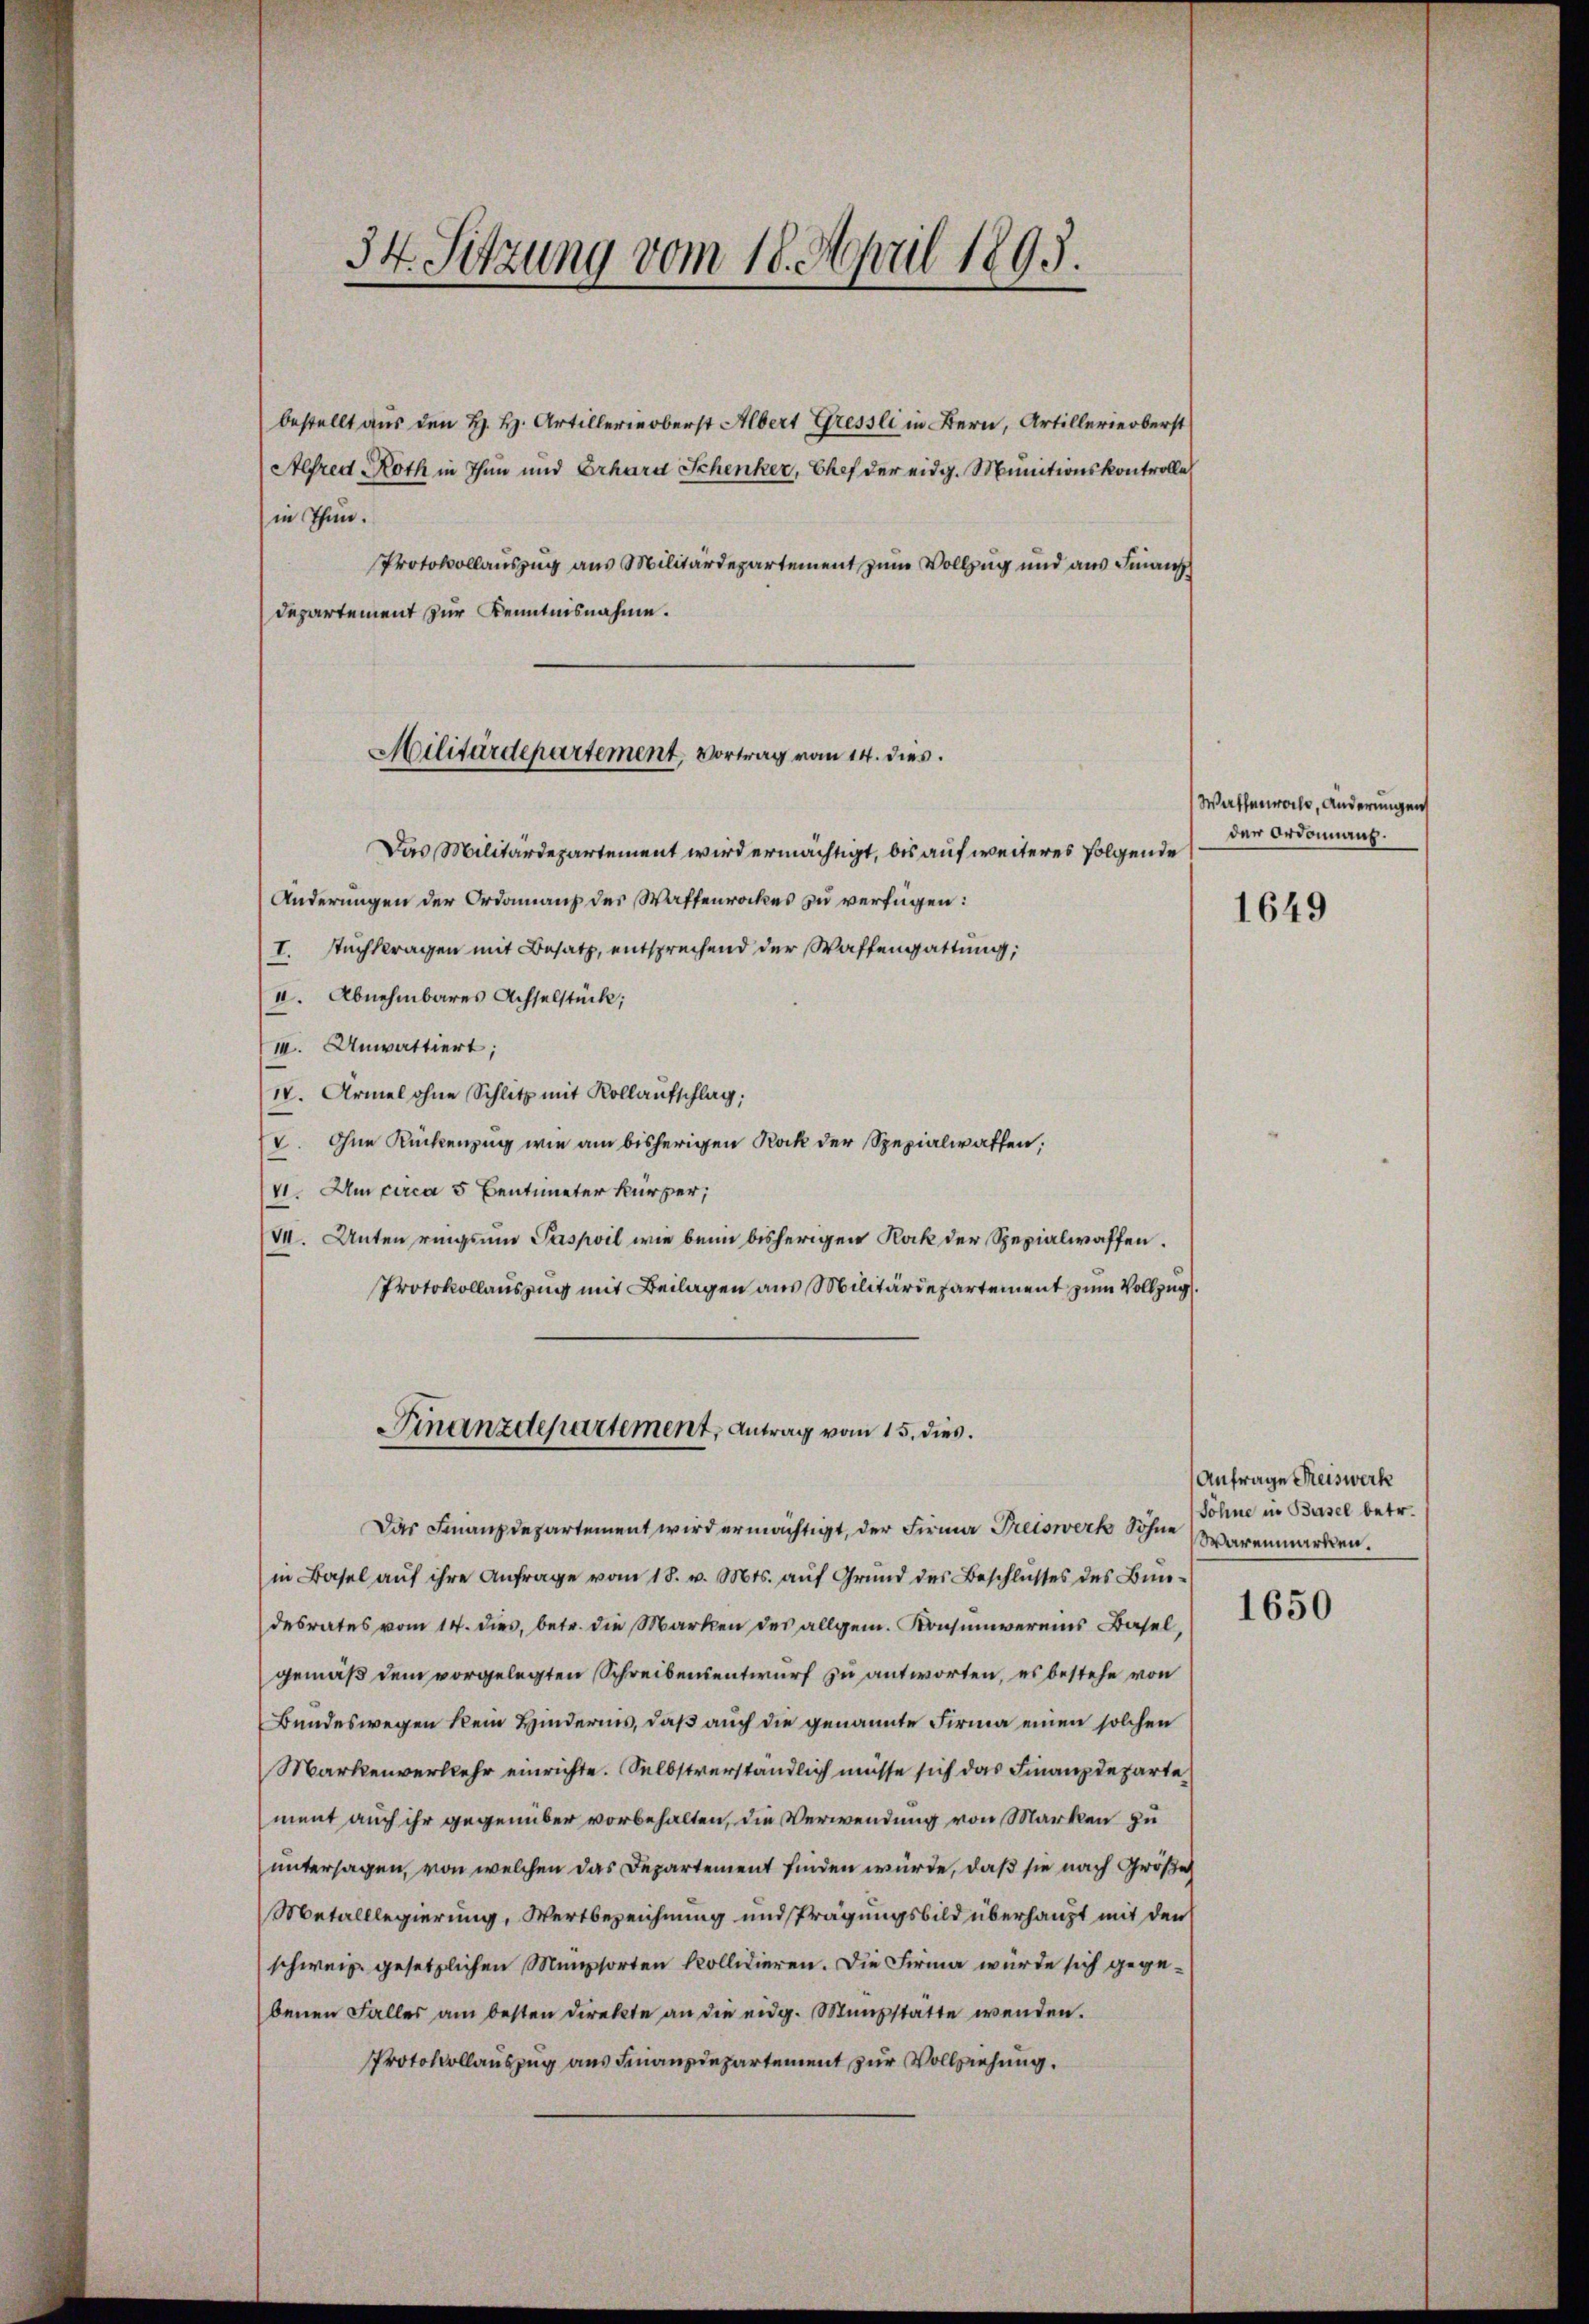
34. Sitzung vom 18. April 1893.

bestellt aus den H. H. Artillerie oberst Albert Gressli in Bern, Artillerierberst
Alfred, Roth in Thun und Erhard Schenker, Chef der eidg. Munitionskontrolle
in Thun.
Protokollauszug aus Militärdepartement zum Vollzug und aus Finanz
Departement zur Kenntnisnahme.

Militärdepartement, Vortrag vom 14. dies.

Das Militärdepartement wird ermächtigt, bis auf weiteres folgende
Änderungen der Ordanians des Waffenrockes zu verfügen:
I. Nachtragen mit Besatz, entsprechend der Waffengattung,
II. Abnehmbares Achselstück;
III. Anwattiert;
IV. Armel ohne Schlitz mit Kollaufschlag;
V. Ohne Rückenzug wie am bisherigen Rock der Spezialwaffen;
VI. Um circa 5 Centimeter kürzer,
VII. Unten ringsum Paspoil wie beim bisherigen Rock der Spezialwaffen.
Protokollauszug mit Beilagen aus Militärdepartement zum Vollzug
Das Finanzdepartement wird ermächtigt, der Firma Freiswerk Söhne
in Basel auf ihre Anfrage vom 18. v. Mts. auf Grund des Beschlusses des Bundesrates vom 14. dies, betr. die Marken des allgem. Konsumvereins Basel,
gemäß dem vorgelegten Schreibensentwurf zu antworten, es bestehe von
Bundeswegen kein Hindernis, daß auch die genannte Firma einen solchen
Markenverkehr einrichte. Selbstverständlich müsse sich das Finanzdeparte
ment auch ihr gegenüber vorbehalten, die Verwendung von Marken zu
untersagen, von welchen das Departement finden würde, daß sie nach Größe
Metalllegierung, Wertbezeichnung und Prägungsbild überhaupt mit den
schweiz gesetzlichen Münzsorten kollidieren. Die Firma würde sich gegebenen Falles am besten Direkte an die eidg. Münzstatte wenden.
Protokollauszug aus Finanzdepartement zur Vollziehung.

Finanzdepartement, Antrag vom 15. dies

Watharwoche, Anderungen
der Ordonnant.

1649

Anfrage Kreiswerk
Söhne in Basel betr.
Warenmarken.

1650